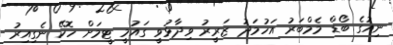
ނިއުގެ ބޯޑް މެމްބަރު އަހުމަދު ޒަރީރު ވިދާޅުވީ ގައުމީ ޓީމަށް ހޮކޭ ނެގިއިރު